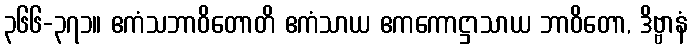
၃၆၆-၃၇၁။ ဧကံသဘာဝိတောတိ ဧကံသာယ ဧကကောဋ္ဌာသာယ ဘာဝိတော, ဒိဗ္ဗာနံ